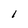
Character: l